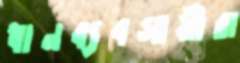
ধানব্যবসায়ীরা